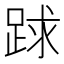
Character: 䟵